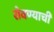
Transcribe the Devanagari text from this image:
रोवण्याची